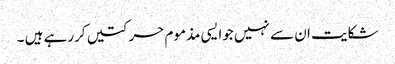
شکایت ان سے نہیں جوایسی مذموم حرکتیں کررہے ہیں ۔